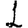
Digit: 1